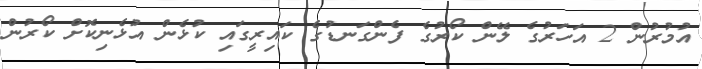
އުމުރުން 2 އަހަރުގެ ލޭން ކޯރުގެ ފެންގަނޑުގެ ކައިރީގައި ކުޅެން އުޅެނިކޮށް ކޯރުން